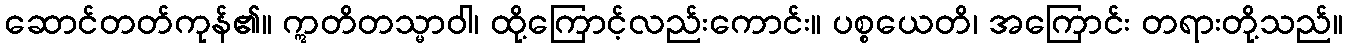
ဆောင်တတ်ကုန်၏။ ဣတိတသ္မာဝါ၊ ထို့ကြောင့်လည်းကောင်း။ ပစ္စယေတိ၊ အကြောင်း တရားတို့သည်။